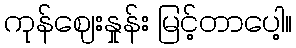
ကုန်ဈေးနှုန်း မြင့်တာပေါ့။